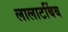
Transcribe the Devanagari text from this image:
लालाटबिंब